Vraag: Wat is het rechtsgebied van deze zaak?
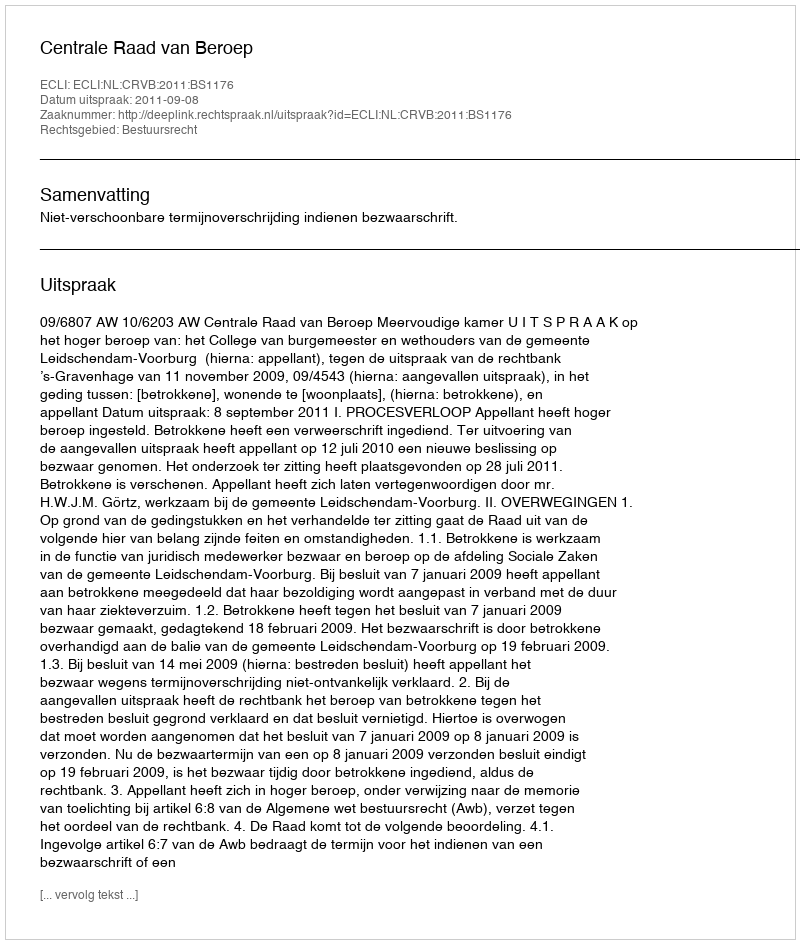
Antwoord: Bestuursrecht